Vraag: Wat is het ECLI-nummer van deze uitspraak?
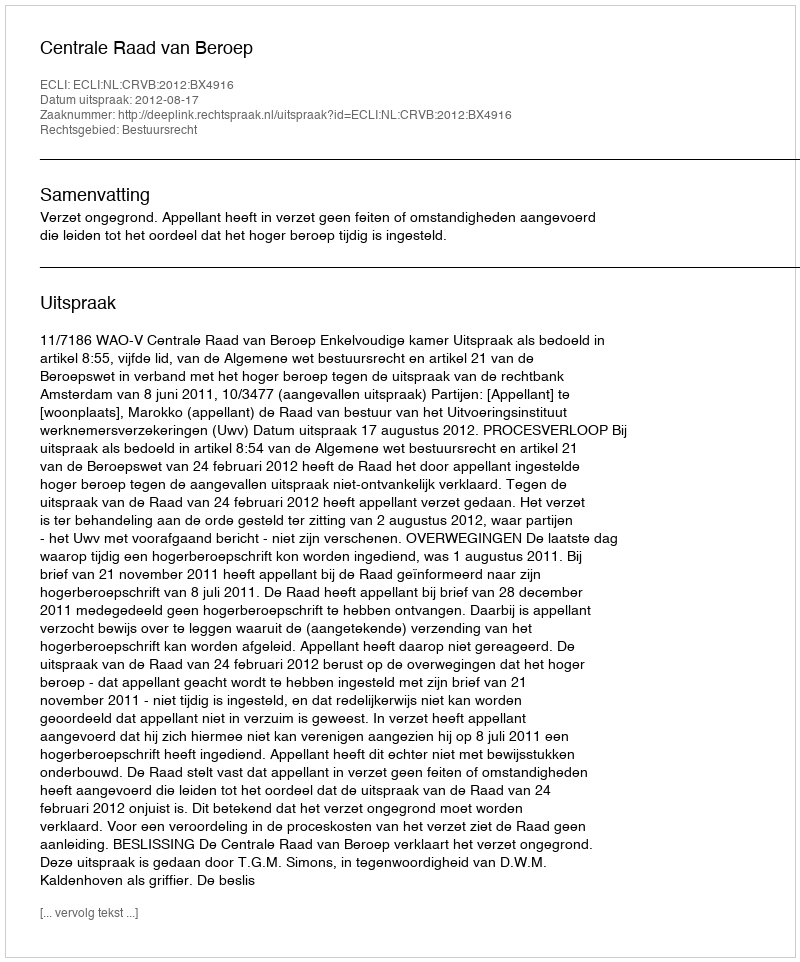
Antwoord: ECLI:NL:CRVB:2012:BX4916